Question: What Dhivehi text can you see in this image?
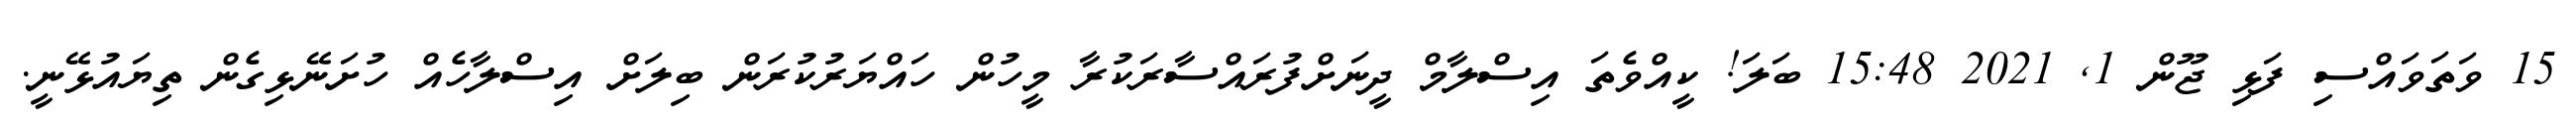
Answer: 15 ވަތަވައްސި ފަޅި ޖޫން 1, 2021 15:48 ބަލަ! ކީއްވެތަ އިސްލާމް ދީނަށްފުރައްސާރަކުރާ މީހުން ހައްޔަރުކުރަން ބިލަށް އިސްލާހެއް ހުށަނޭޅިގެން ތިޔައުޅޭނީ.